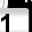
Digit: 1